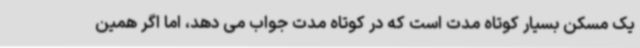
یک مسکن بسیار کوتاه مدت است که در کوتاه مدت جواب می دهد، اما اگر همین